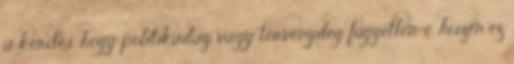
a kérdés, hogy politikailag vagy törvényileg független-e, hiszen ez